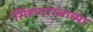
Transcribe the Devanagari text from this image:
सिंहणराजाच्या